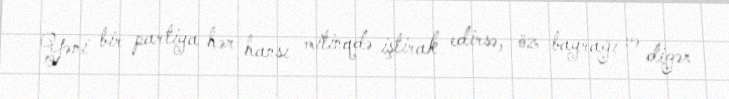
Yəni bir partiya hər hansı mitinqdə iştirak edirsə, öz bayrağı və digər